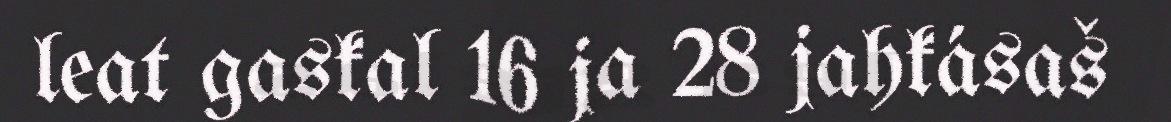
leat gaskal 16 ja 28 jahkásaš